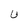
Character: U